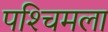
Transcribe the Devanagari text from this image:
पश्‍चिमला